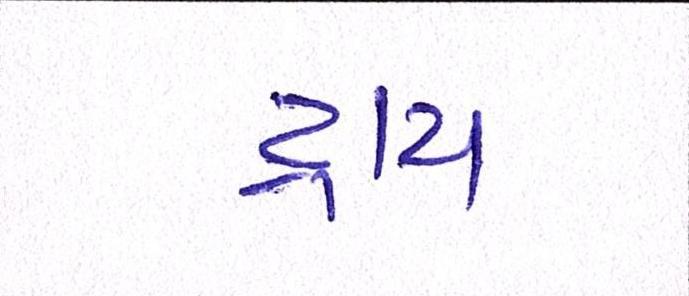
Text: ટ્રાય